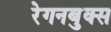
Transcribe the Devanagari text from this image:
रेगनबुक्स